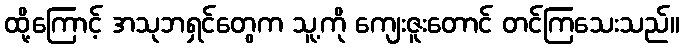
ထို့ကြောင့် အသုဘရှင်တွေက သူ့ကို ကျေးဇူးတောင် တင်ကြသေးသည်။